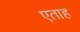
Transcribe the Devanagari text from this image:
एताह